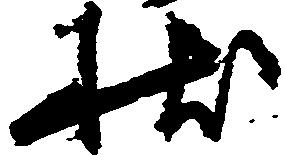
状